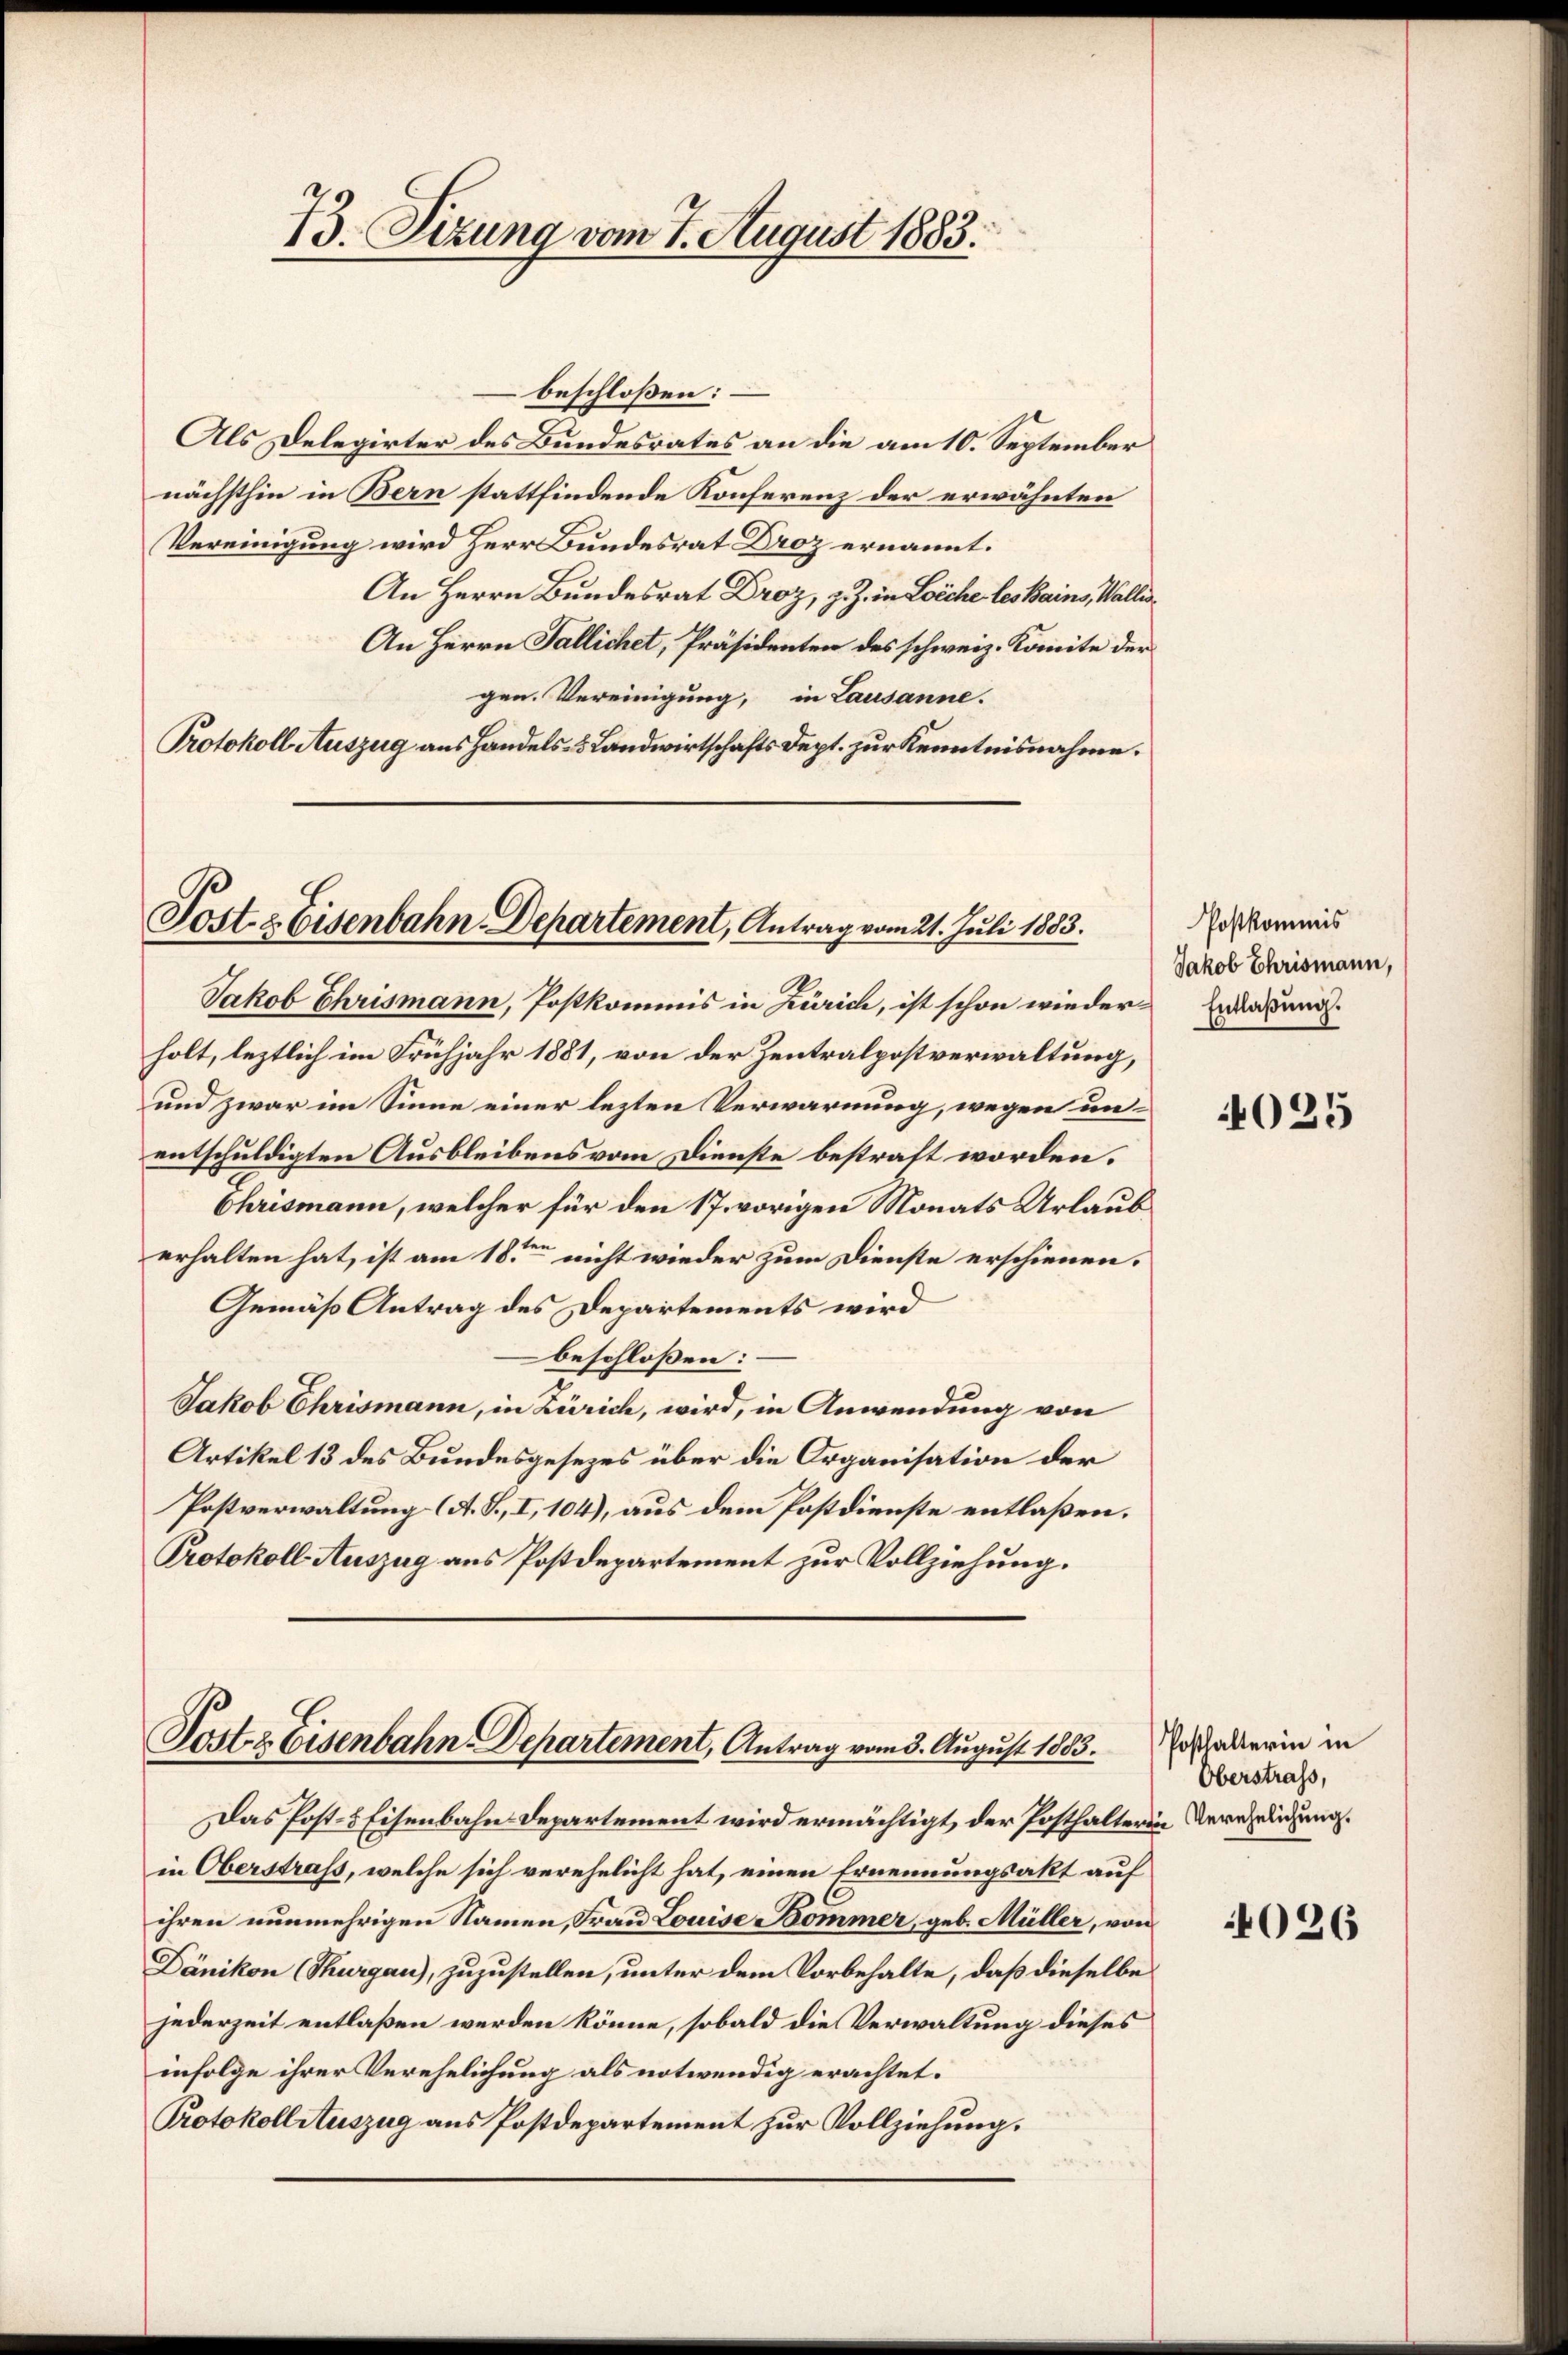
13. Sizung vom 7. August 1883.

beschloßen:
Als Delegirter des Bundesrates an die am 10. September
nächsthin in Bern stattfindende Konferenz der erwähnten
Vereinigung wird Herr Bundesrat Droz ernannt.
An Herrn Bundesrat Droz, z. Z. in Leiche les Bains, Walli
An Herrn Fallichet, Präsidenten des schweiz. Komite der
gen. Vereinigung, in Lausanne.
Protokoll Auszug aus Handels- & Landwirtschafts Sept. zur Kenntnisnahme.

Post & Eisenbahn-Departement, Antrag vom 21. Juli 1883.

Jakob Ehrismann, Postkommis in Zürich, ist schon wiederholt, leztlich im Frühjahr 1881, von der Zentralpostverwaltung,
und zwar im Sinne einer lezten Verwarnung, wegen unentschuldigten Ausbleibens vom Dienste bestraft worden.
Chrismann, welcher für den 17. vorigen Monats Urlaub
erhalten hat, ist am 18ten nicht wieder zum Dienste erschienen.
Gemäß Antrag des Departements wird
beschloßen:
Jakob Chrismann, in Zürich, wird, in Anwendung von
Artikel 13 des Bundesgesezes über die Organisation der
Postverwaltung (A. S., I, 104), aus dem Postdienste entlaßen.
Protokoll Auszug aus Postdepartement zur Vollziehung.

Postz Eisenbahn-Departement, Antrag vom 3. August 1883.

Das Post- & Eisenbahn Departement wird ermächtigt, der Posthalterin Verehelichung.
in Oberstraf, welche sich verehelicht hat, einen Ernennungsakt auf
ihren nunmehrigen Namen, Frau Louise Kommer, geb. Müller, von
Dänikon (Thurgau), zuzustellen, unter dem Vorbehalte, daß dieselbe
jederzeit entlaßen werden könne, sobald die Verwaltung dieses
infolge ihrer Verehelichung als notwendig erachtet.
Protokoll Auszug aus Postdepartement zur Vollziehung.

Postkommis
Jakob Ehrismann,
Entlaßung.

4025

Posthalterin in
Oberstraf,

026